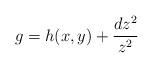
LaTeX: \begin{align*}g=h(x,y)+\frac{dz^2}{z^2}\end{align*}